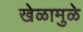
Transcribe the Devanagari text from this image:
खेळामुळे